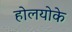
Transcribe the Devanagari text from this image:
होलयोके